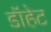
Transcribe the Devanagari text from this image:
डॉहेट